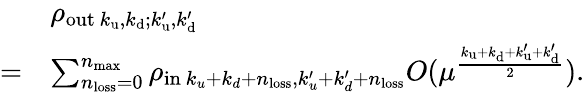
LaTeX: \begin{array}{rl}&{\rho_{\mathrm{out}~k_{\mathrm{u}},k_{\mathrm{d}};k_{\mathrm{u}}^{\prime},k_{\mathrm{d}}^{\prime}}}\\ {=}&{\sum_{n_{\mathrm{loss}}=0}^{n_{\mathrm{max}}}\rho_{\mathrm{in}~k_{u}+k_{d}+n_{\mathrm{loss}},k_{u}^{\prime}+k_{d}^{\prime}+n_{\mathrm{loss}}}O(\mu^{\frac{k_{\mathrm{u}}+k_{\mathrm{d}}+k_{\mathrm{u}}^{\prime}+k_{\mathrm{d}}^{\prime}}{2}}).}\end{array}